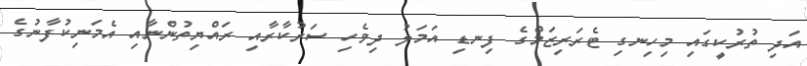
އަދި ތުރުކީގައި މިހިނގި ޓެރަރިޒަމްގެ ފިނޑި އަމަލު ދިވެހި ސަރުކާރާއި ރައްޔިތުންނާއި އެމަނިކުފާނުގެ